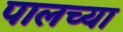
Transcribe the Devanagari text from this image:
पालच्या